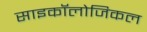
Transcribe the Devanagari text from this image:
साइकॉलोजिकल